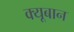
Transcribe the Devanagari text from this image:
क्यूबान